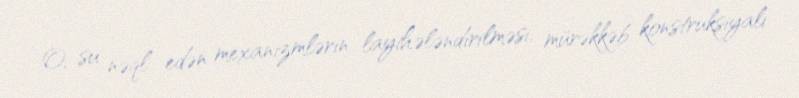
O, su nəql edən mexanizmlərin layihələndirilməsi, mürəkkəb konstruksiyalı